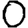
Digit: 0